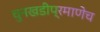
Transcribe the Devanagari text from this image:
चुनखडीप्रमाणेच